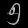
Digit: ၅